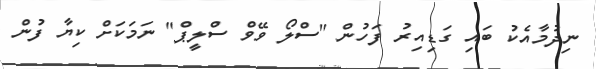
ނިދުމާއެކު ބައި ގަޑިއިރު ފަހުން "ސްލޯ ވޭވް ސްލީޕް" ނަމަކަށް ކިޔާ ފުން